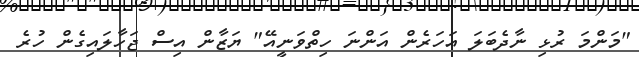
"މަންމަ ރުޅި ނާދެބަލަ އަހަރެން އަންނަ ހިތްވަނީއޭ" ޔަޒާން އިސް ޖަހާލައިގެން ހުރެ